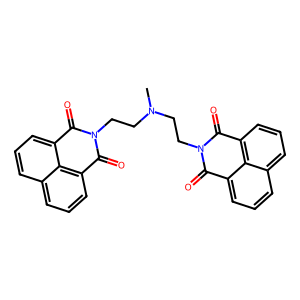
SMILES: CN(CCN1C(=O)c2cccc3cccc(c23)C1=O)CCN1C(=O)c2cccc3cccc(c23)C1=O
Inhibits HIV replication: No